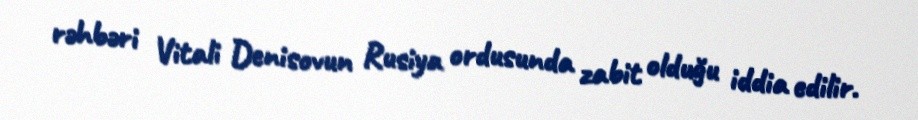
rəhbəri Vitali Denisovun Rusiya ordusunda zabit olduğu iddia edilir.